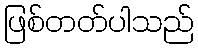
ဖြစ်တတ်ပါသည်